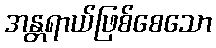
အန္တရာယ်ဖြစ်စေသော